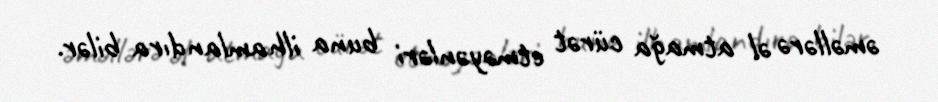
əməllərə əl atmağa cürət etməyənləri buna ilhamlandıra bilər.